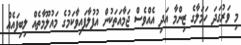
މި ވަރުގަދަ ހަމަލާގެ ޒިންމާ އަދި އެއްވެސް ޖަމާއަތަކުން އުފުލާފައިވާކަމުގެ މައުލޫމާތެއް ލިބިފައެއް